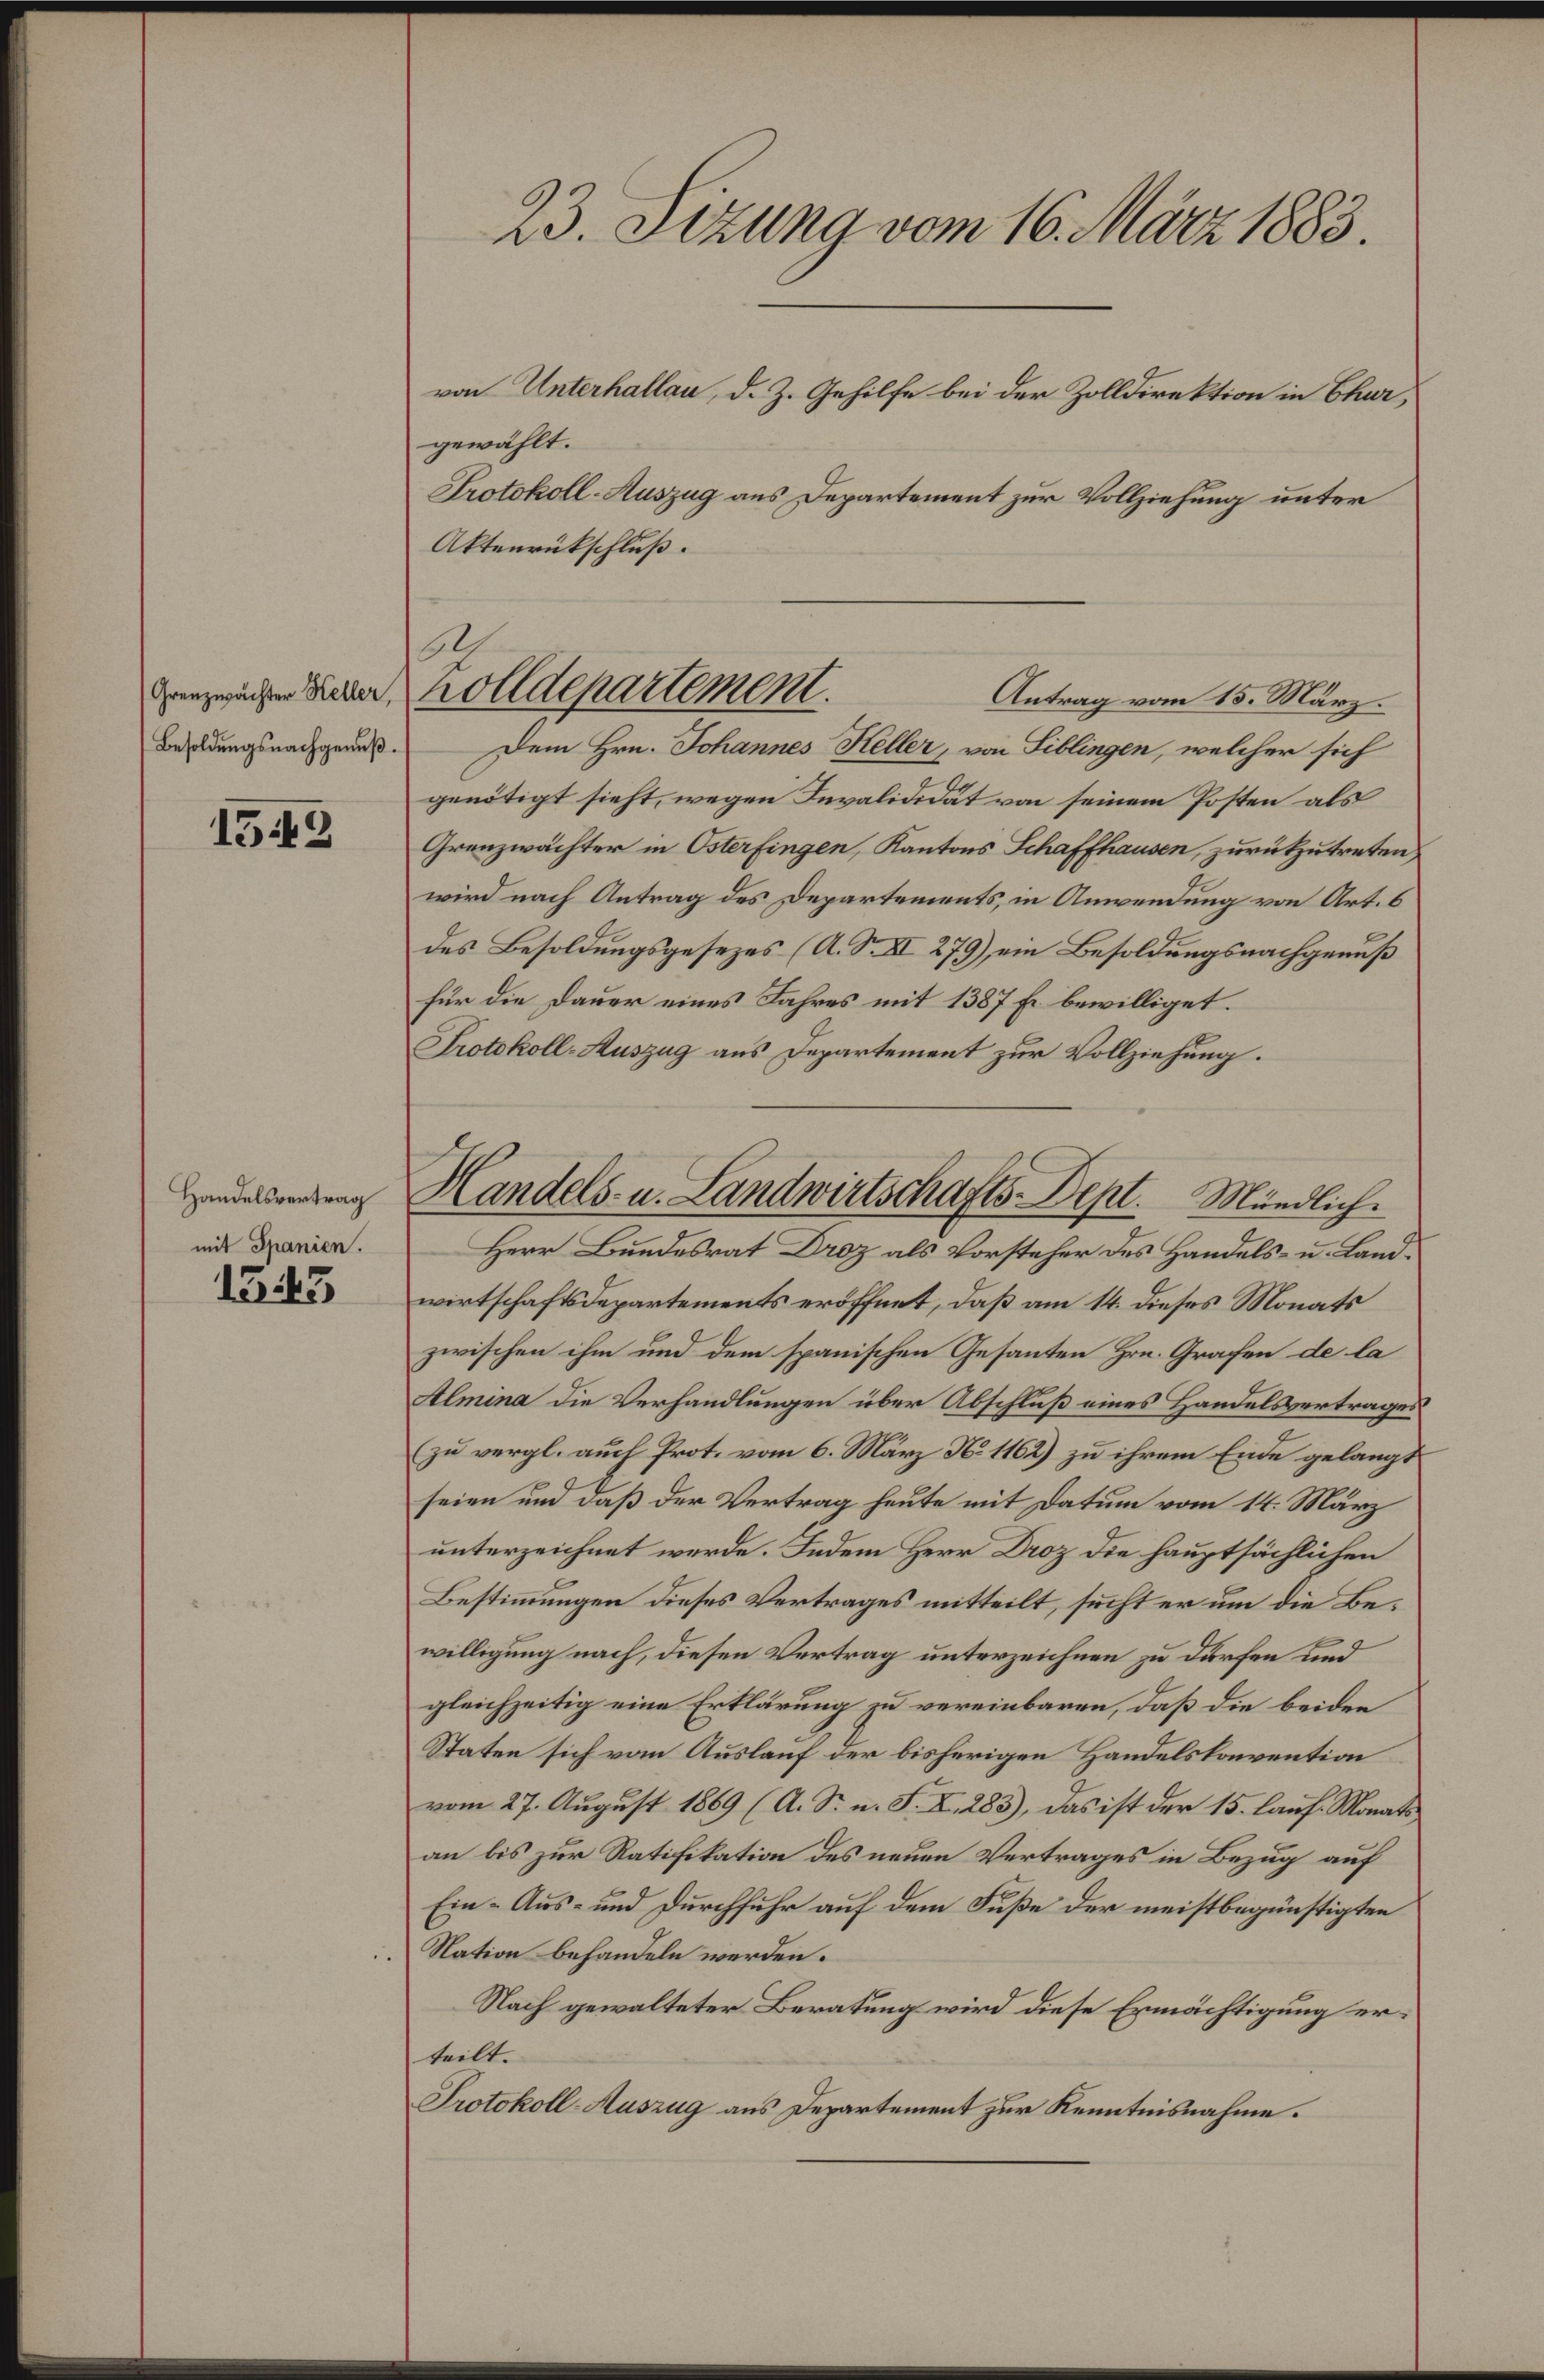
Besoldungsnachgenuß.

1549

Handelsvertrag
mit Spanien.

1345

23. Sizung vom 16. März 1883.

von Unterhallau, d. Z. Gehilfe bei der Zolldirektion in Chur,
gewählt.
Protokoll-Auszug aus Departement zur Vollziehung unter
Aktenrückschluß.

Ar
denzwesen Feder, Zolldepartement

Antrag vom 15. März.
Dem Hrn. Johannes Keller, von Siblingen, welcher sich
genötigt sieht, wegen Invalididat von seinem Posten als
Grenzwächter in Osterfingen, Kantons Schaffhausen, zurückzutreten
wird nach Antrag des Departements, in Anwendung von Art. 6
des Besoldungsgesezes (A. S. II 279) ein Besoldungsnachgenuß
für die Dauer eines Jahres mit 1387 Fr. bewilliget.
Protokoll-Auszug aus Departement zur Vollziehung.
wirtschaftsdepartements eröffnet, daß am 14. dieses Monats
zwischen ihm und dem spanischen Gesanten Hrn. Grafen de la
Almina die Verhandlungen über Abschluß eines Handelsvertrages
(zu vergl. auch Prot. vom 6. März N. 1162) zu ihrem Ende gelangt
seien und daß der Vertrag heute mit Datum vom 14. März
unterzeichnet werde. Indem Herr Droz die hauptsächlichen
Bestimmungen dieses Vertrages mitteilt, sucht er um die Bewilligung nach, diesen Vertrag unterzeichnen zu dürfen und
gleichzeitig eine Erklärung zu vereinbaren, daß die beiden
Staten sich vom Auslauf der bisherigen Handelskonvention
vom 27. August 1869 (A. Sr. n. F. X. 283), das ist der 15. lauf. Monats,
an bis zur Ratifikation des neuen Vertrages in Bezug auf
Ein- Aus- und Durchfuhr auf dem Fuße der meistbegünstigten
Nation behandeln werden.
Nach gewalteter Beratung wird diese Ermächtigung erteilt.
Protokoll-Auszug aus Departement zur Kenntnisnahme.

Handels- u. Landwirtschafts-Dept. Mündlich.
Herr Bundesrat Droz als Vorsteher des Handels- u. Land¬